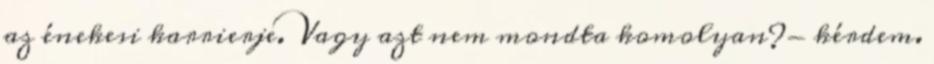
az énekesi karrierje. Vagy azt nem mondta komolyan?- kérdem.